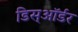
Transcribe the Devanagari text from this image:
डिस्ऑर्डर